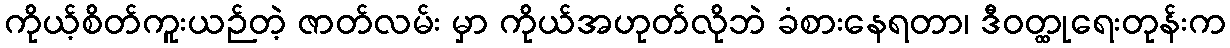
ကိုယ့်စိတ်ကူးယဉ်တဲ့ ဇာတ်လမ်း မှာ ကိုယ်အဟုတ်လိုဘဲ ခံစားနေရတာ၊ ဒီဝတ္ထုရေးတုန်းက